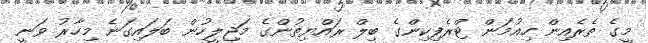
މީގެ ތެރެއިން ހިއުމަން ޓްރެފިކިންގެ ބިލް ރައްޔިތުންގެ މަޖިލީހުން ބަލައިގަނެ މިހާރު ވަނީ